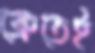
ক্রেতেই